On a parasite found in persons suffering from enlargement of the spleen in India, second report - Number 11
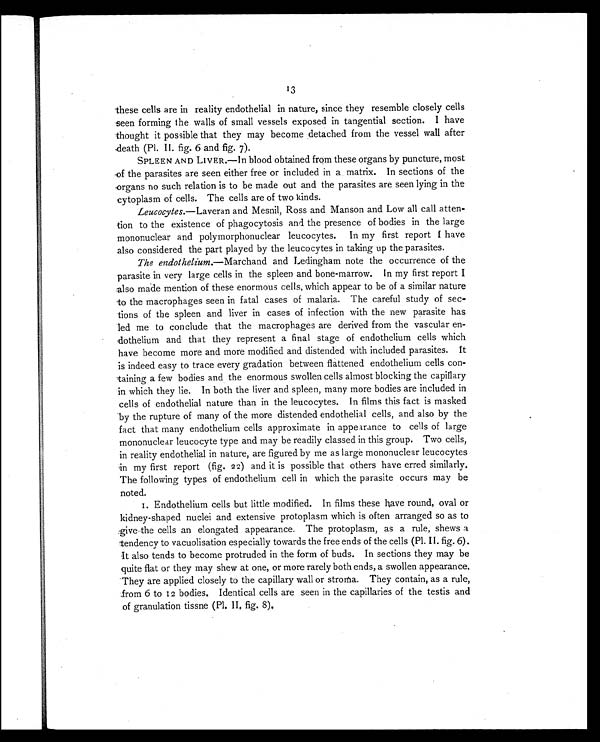
13
these cells are in reality endothelial in nature, since they resemble closely cells
seen forming the walls of small vessels exposed in tangential section. I have
thought it possible that they may become detached from the vessel wall after
death (Pl. II. fig. 6 and fig. 7).
SPLEEN AND LIVER.—In blood obtained from these organs by puncture, most
of the parasites are seen either free or included in a matrix. In sections of the
organs no such relation is to be made out and the parasites are seen lying in the
cytoplasm of cells. The cells are of two kinds.
Leucocytes. —Laveran and Mesnil, Ross and Manson and Low all call atten-
tion to the existence of phagocytosis and the presence of bodies in the large
mononuclear and polymorphonuclear leucocytes. In my first report I have
also considered the part played by the leucocytes in taking up the parasites.
The endothelium.—Marchand and Ledingham note the occurrence of the
parasite in very large cells in the spleen and bone-marrow. In my first report I
also made mention of these enormous cells, which appear to be of a similar nature
to the macrophages seen in fatal cases of malaria. The careful study of sec-
tions of the spleen and liver in cases of infection with the new parasite has
led me to conclude that the macrophages are derived from the vascular en-
dothelium and that they represent a final stage of endothelium cells which
have become more and more modified and distended with included parasites. It
is indeed easy to trace every gradation between flattened endothelium cells con-
taining a few bodies and the enormous swollen cells almost blocking the capillary
in which they lie. In both the liver and spleen, many more bodies are included in
cells of endothelial nature than in the leucocytes. In films this fact is masked
by the rupture of many of the more distended endothelial cells, and also by the
fact that many endothelium cells approximate in appearance to cells of large
mononuclear leucocyte type and may be readily classed in this group. Two cells,
in reality endothelial in nature, are figured by me as large mononuclear leucocytes
in my first report (fig. 22) and it is possible that others have erred similarly.
The following types of endothelium cell in which the parasite occurs may be
noted.
1. Endothelium cells but little modified. In films these have round, oval or
kidney-shaped nuclei and extensive protoplasm which is often arranged so as to
give the cells an elongated appearance. The protoplasm, as a rule, shews a
tendency to vacuolisation especially towards the free ends of the cells (Pl. II. fig. 6).
It also tends to become protruded in the form of buds. In sections they may be
quite flat or they may shew at one, or more rarely both ends, a swollen appearance.
They are applied closely to the capillary wall or stroma. They contain, as a rule,
from 6 to 12 bodies. Identical cells are seen in the capillaries of the testis and
of granulation tissne (Pl. II. fig. 8).